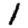
Digit: 1